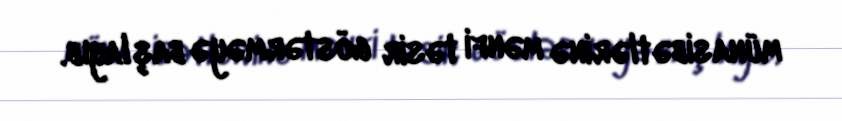
münasibətlərinə mənfi təsir göstərməyə başlayıb.